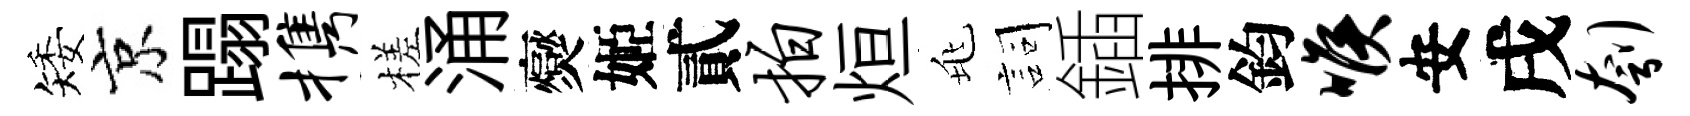
矮京蹋携槎涌爕姬貳拍烜兆詞鍤排鈞喉安戌刳